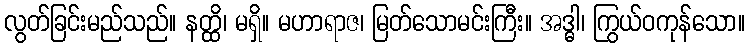
လွတ်ခြင်းမည်သည်။ နတ္ထိ၊ မရှိ။ မဟာရာဇ၊ မြတ်သောမင်းကြီး။ အဒ္ဓါ၊ ကြွယ်ဝကုန်သော။